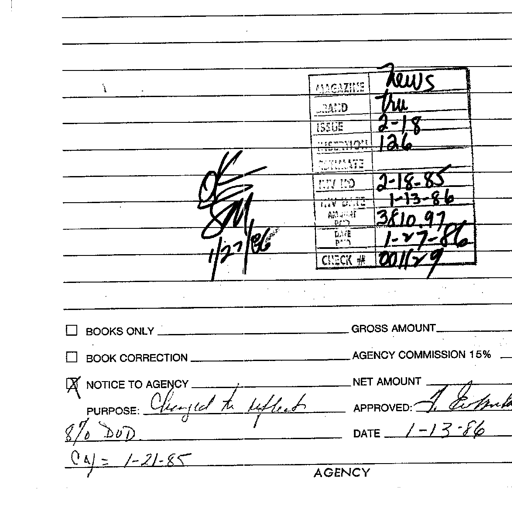
Transcript:
MAGAZINE News
BRAND tru
ISSUE 2-18
SECTION 126
ESTIMATE
INV NO 2-18-85
INV DATE 1-13-86
AMOUNT PAID 3810.97
DATE PAID 1-27-86
CHECK # 001179
OK SM 1/27/86
☐ BOOKS ONLY GROSS AMOUNT
☐ BOOK CORRECTION AGENCY COMMISSION 15%
☒ NOTICE TO AGENCY NET AMOUNT
PURPOSE: Changed to reflect APPROVED: J. Estrela
8% DOD DATE 1-13-86
CAJ = 1-21-85
AGENCY